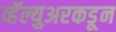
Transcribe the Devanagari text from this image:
व्हॅल्युअरकडून